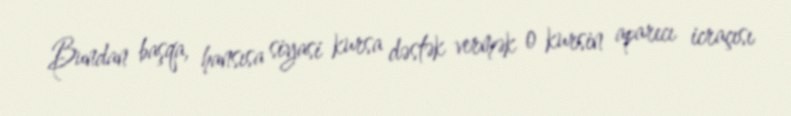
Bundan başqa, hansısa siyasi kursa dəstək vermək o kursin aparıcı icraçısı